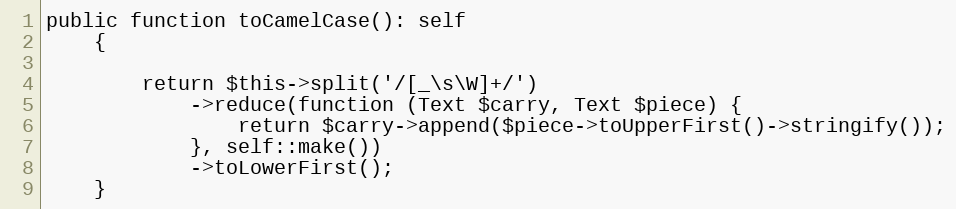
Language: PHP
public function toCamelCase(): self
    {

        return $this->split('/[_\s\W]+/')
            ->reduce(function (Text $carry, Text $piece) {
                return $carry->append($piece->toUpperFirst()->stringify());
            }, self::make())
            ->toLowerFirst();
    }